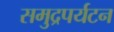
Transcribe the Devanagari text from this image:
समुद्रपर्यटन